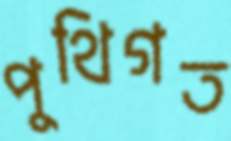
পুথিগত